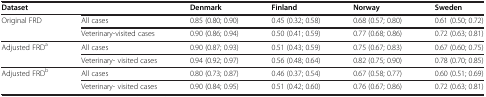
| Dataset |  | Denmark | Finland | Norway | Sweden |
 | --- | --- | --- | --- | --- | --- |
 | <ROWSPAN=2> Original FRD | All cases | 0.85 (0.80; 0.90) | 0.45 (0.32; 0.58) | 0.68 (0.57; 0.80) | 0.61 (0.50; 0.72) |
 | Veterinary-visited cases | 0.90 (0.86; 0.94) | 0.50 (0.41; 0.59) | 0.77 (0.68; 0.86) | 0.72 (0.63; 0.81) |
 | <ROWSPAN=2> Adjusted FRDa | All cases | 0.90 (0.87; 0.93) | 0.51 (0.43; 0.59) | 0.75 (0.67; 0.83) | 0.67 (0.60; 0.75) |
 | Veterinary- visited cases | 0.94 (0.92; 0.97) | 0.56 (0.48; 0.64) | 0.82 (0.75; 0.90) | 0.78 (0.70; 0.85) |
 | <ROWSPAN=2> Adjusted FRDb | All cases | 0.80 (0.73; 0.87) | 0.46 (0.37; 0.54) | 0.67 (0.58; 0.77) | 0.60 (0.51; 0.69) |
 | Veterinary- visited cases | 0.90 (0.84; 0.95) | 0.51 (0.42; 0.60) | 0.76 (0.67; 0.86) | 0.72 (0.63; 0.81) |